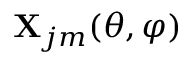
\mathbf { X } _ { j m } ( \theta , \varphi )